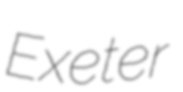
Exeter